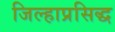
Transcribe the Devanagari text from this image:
जिल्हाप्रसिद्ध